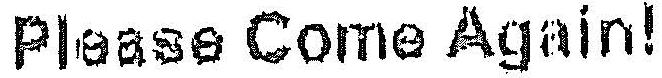
PLEASE COME AGAIN!